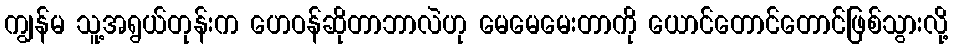
ကျွန်မ သူ့အရွယ်တုန်းက ဟေဝန်ဆိုတာဘာလဲဟု မေမေမေးတာကို ယောင်တောင်တောင်ဖြစ်သွားလို့